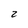
Character: 2